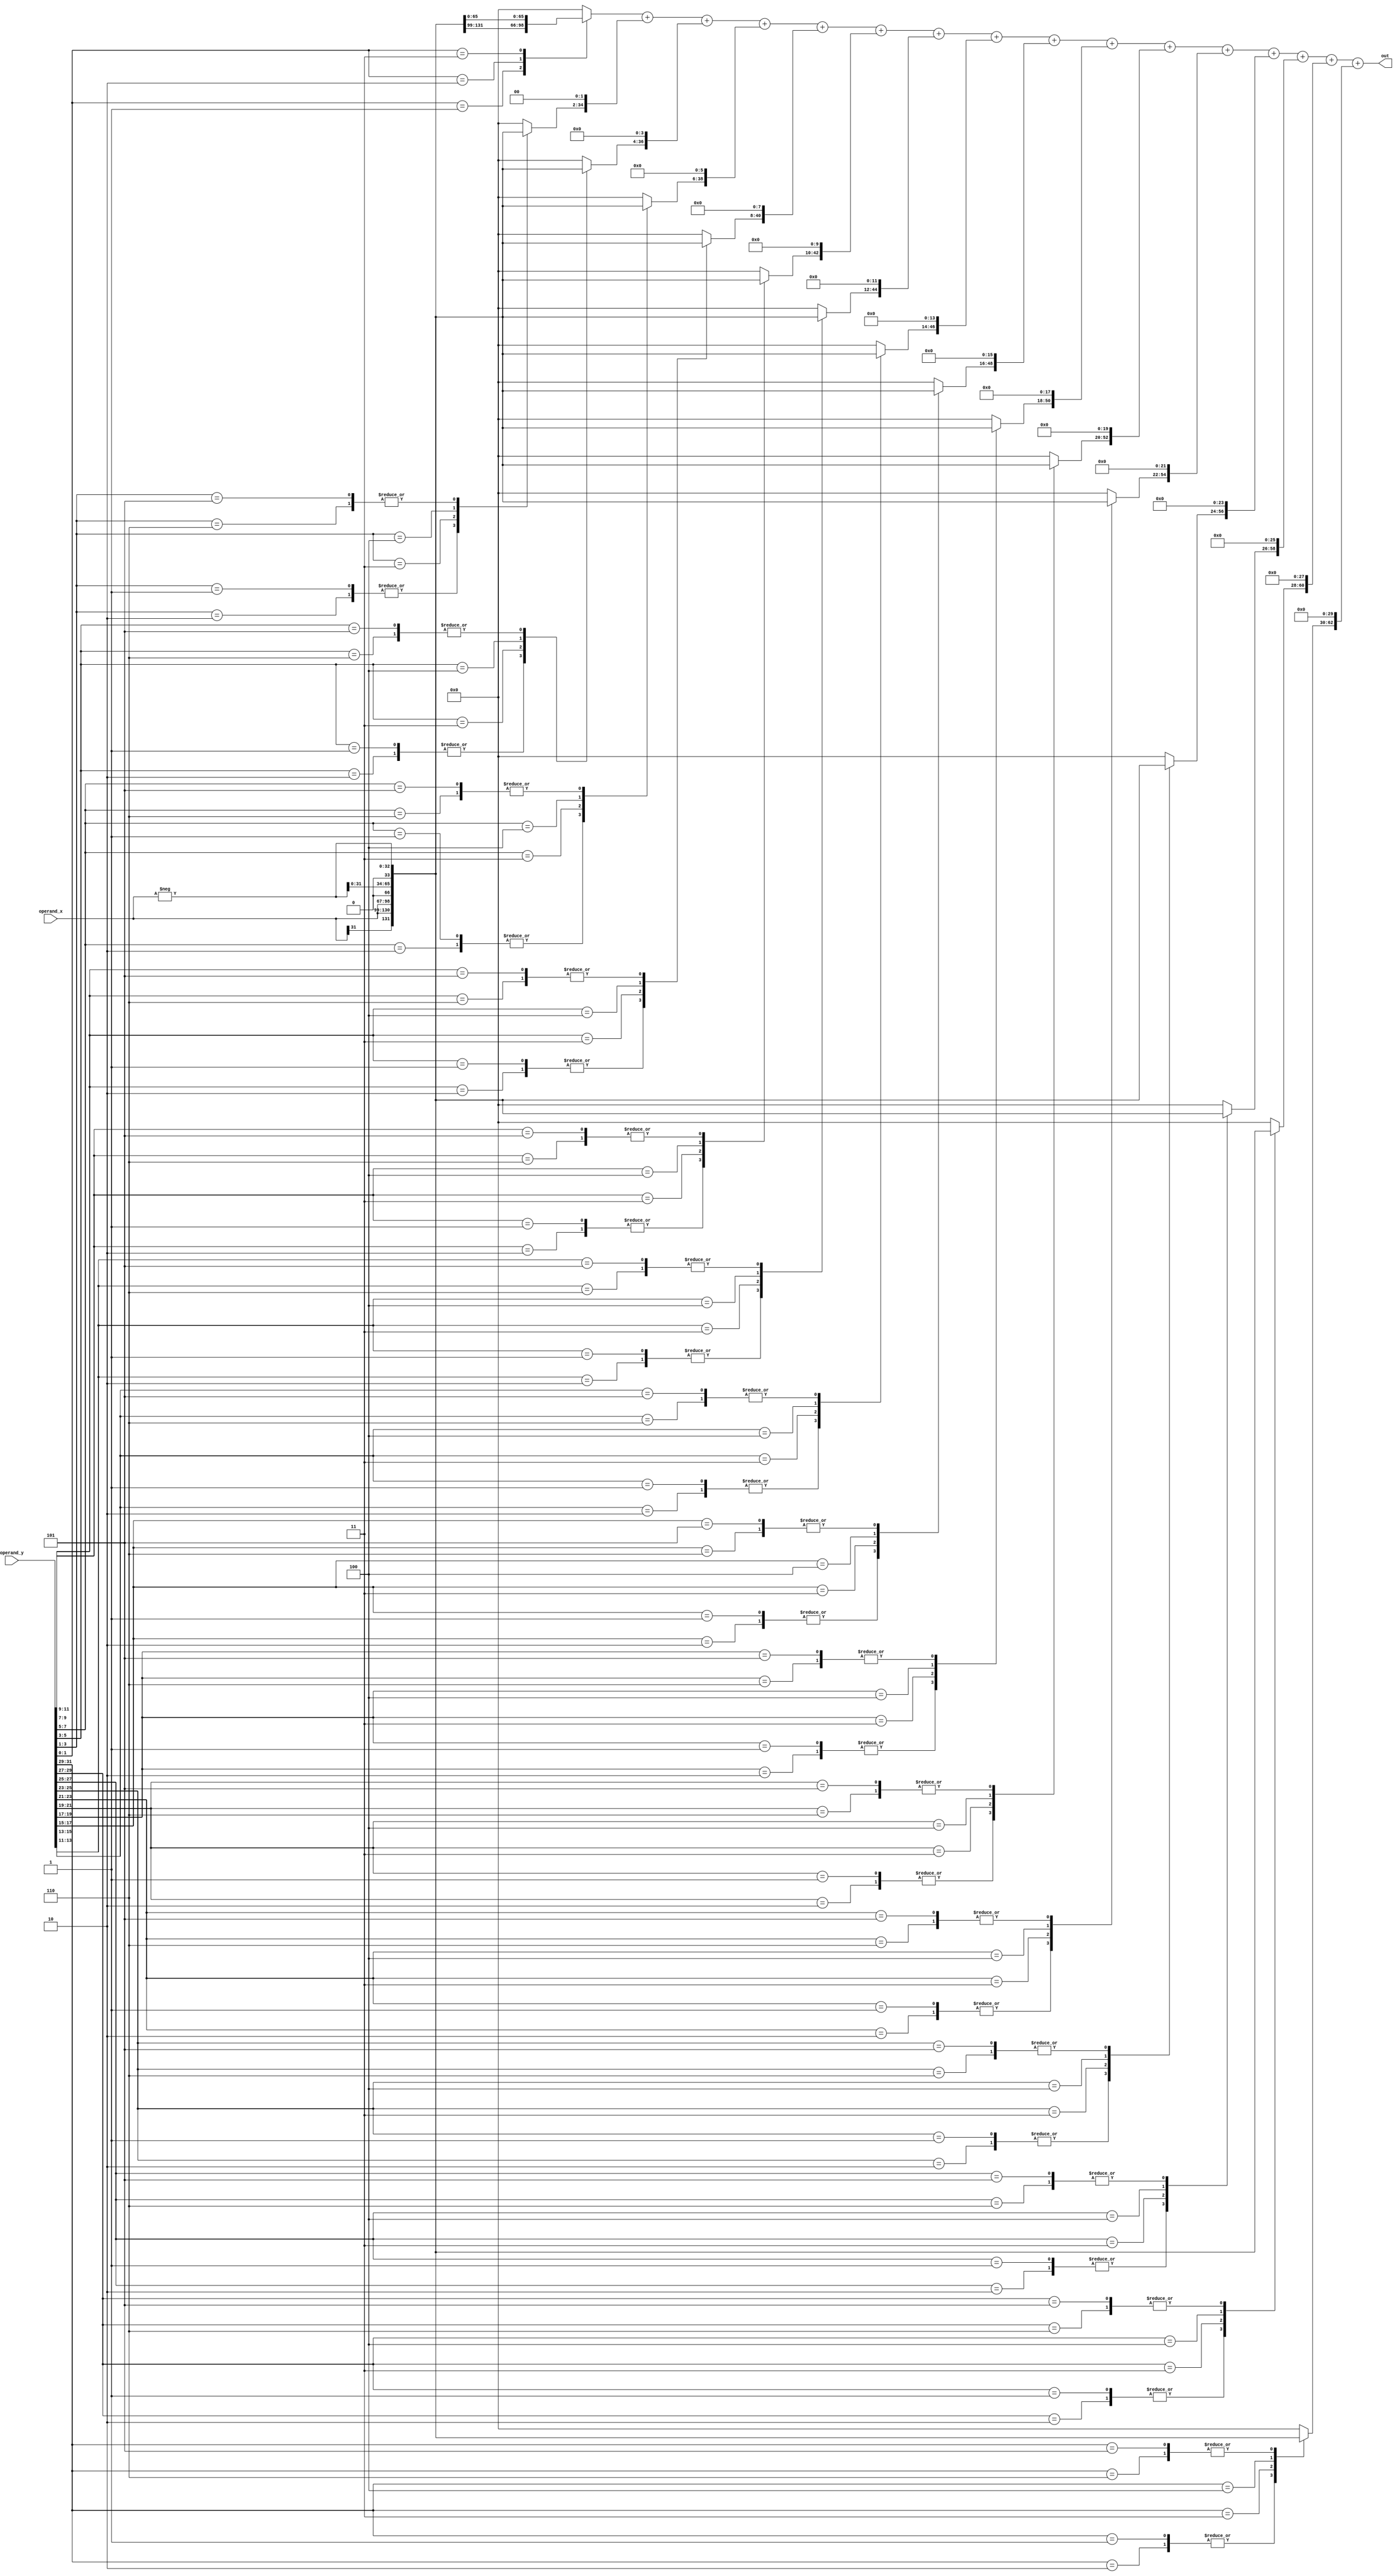
module booths( input signed [31:0] operand_x, input signed [31:0] operand_y, output     signed [63:0] out);

    reg [2:0] combination_bits [15:0]; 				
    reg signed [32:0] partial_products [15:0];  		
    reg signed [63:0] shifted_partial_products [15:0];
	 reg signed [63:0] sum_of_partial_products;
	 
	 wire signed[32:0] neg_operand_x;
	 
	 integer i;

	 assign neg_operand_x = -operand_x;
	 always @ (operand_x or operand_y or neg_operand_x)
    begin
        // Generate Booth's Algorithm Combination Bits
        combination_bits[0] = {operand_y[1], operand_y[0], 1'b0};
            
        for(i=1; i<16; i=i+1) begin
             combination_bits[i] = {operand_y[2*i+1], operand_y[2*i], operand_y[2*i-1]};
        end

        // Calculate Partial Products based on Combination Bits
        for(i=0; i<16; i=i+1) begin // Case check for each bit
            case(combination_bits[i])
                3'b001, 3'b010 : partial_products[i] = {operand_x[31], operand_x};
                3'b011 : partial_products[i] = {operand_x, 1'b0};
                3'b100 : partial_products[i] = {neg_operand_x[31:0], 1'b0};
                3'b101, 3'b110 : partial_products[i] = neg_operand_x;
                default : partial_products[i] = 0;
            endcase
            
            // Sign-extend the Partial Products
            shifted_partial_products[i] = partial_products[i] << (2*i);
        end

        // Sum up the Shifted Partial Products
        sum_of_partial_products = shifted_partial_products[0];
        
        for(i=1; i<16; i=i+1) begin // Add product to total
            sum_of_partial_products = sum_of_partial_products + shifted_partial_products[i];
        end
    end
   
    // Assign the result after all shifts and additions
    assign out = sum_of_partial_products;

endmodule